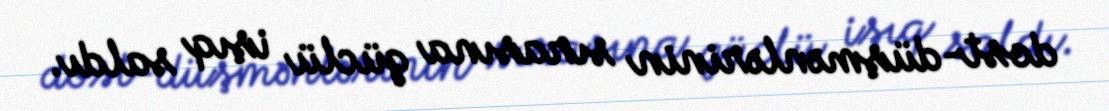
dost-düşmənlərinin sırasına güclü işıq saldı.